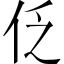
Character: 𠇖